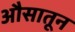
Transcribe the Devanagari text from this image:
औसातून